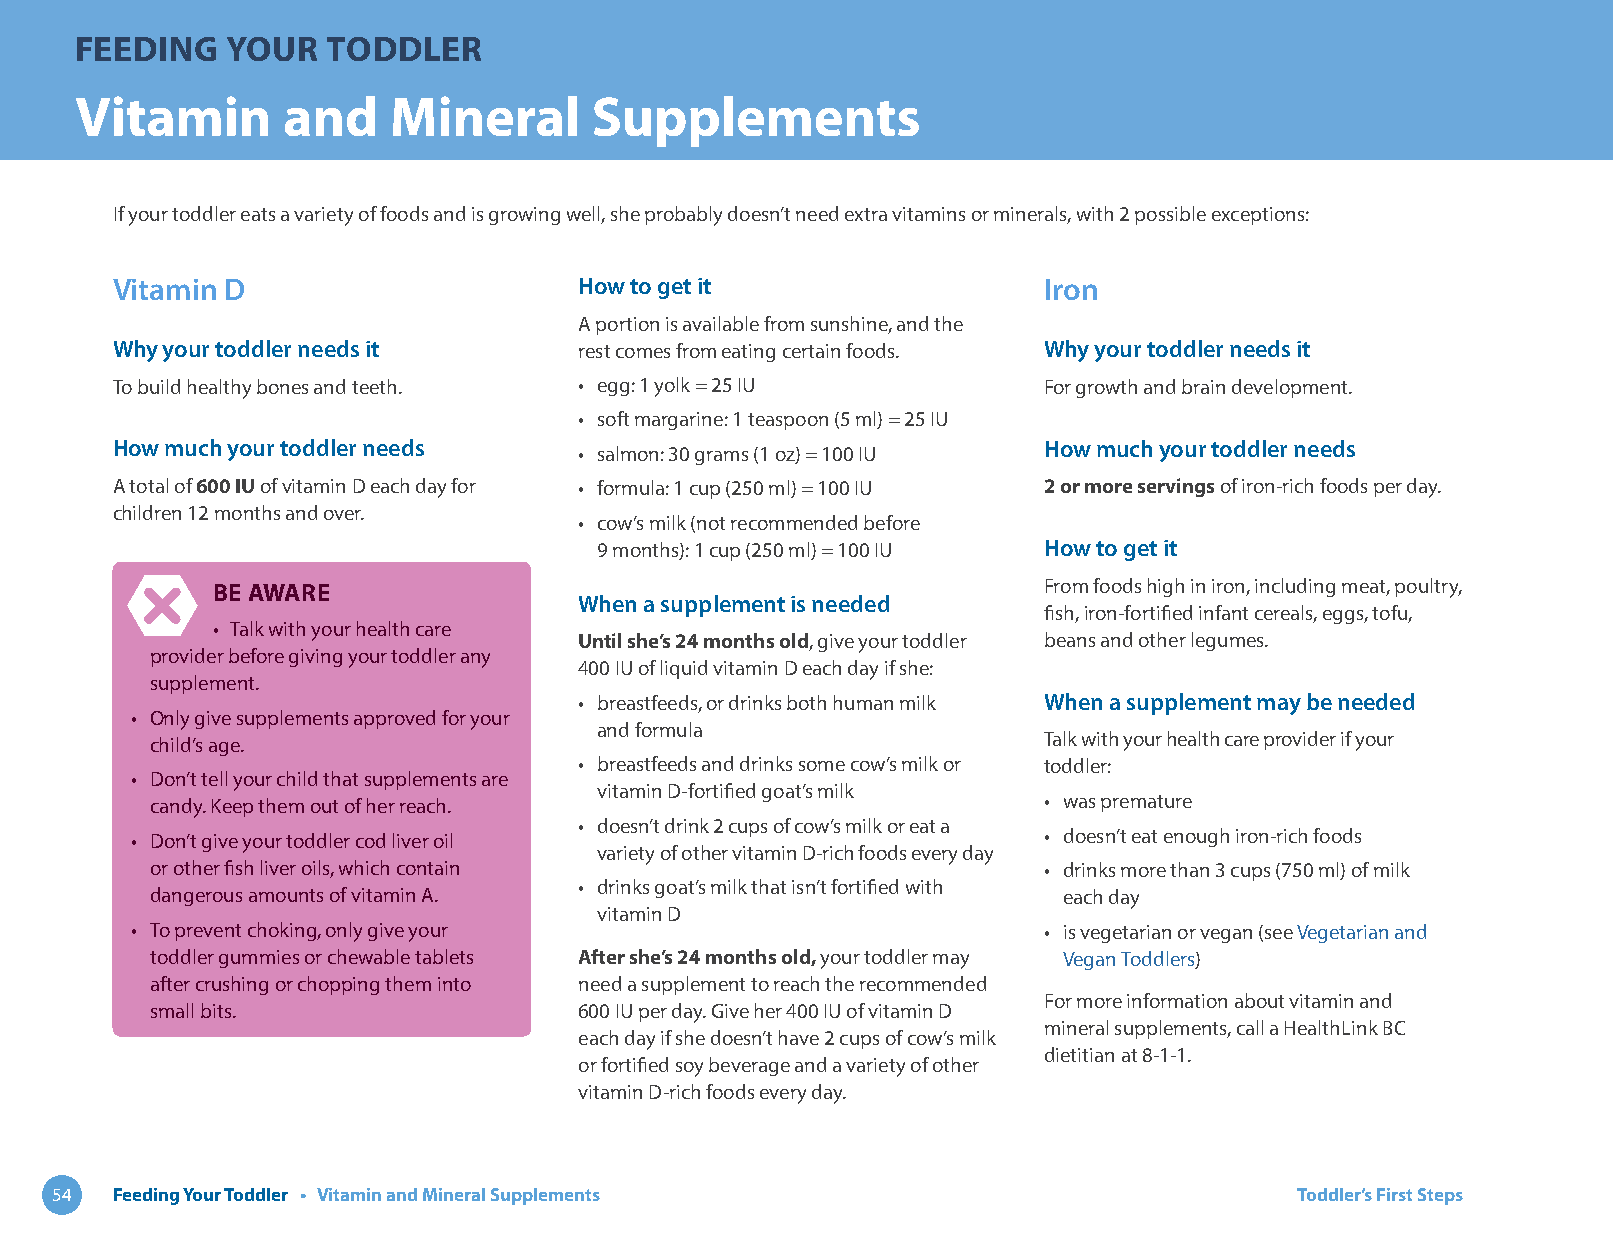
FEEDING   YOUR   TODDLER
 Vitamin       and    Mineral      Supplements
 If your toddler eats a variety of foods and is growing well, she probably doesn’t need extra vitamins or minerals, with 2 possible exceptions:
 Vitamin D                      How to get it                  Iron
 A portion is available from sunshine, and the
 Why your toddler needs it      rest comes from eating certain foods. Why your toddler needs it
 To build healthy bones and teeth. • egg: 1 yolk = 25 IU       For growth and brain development.
 • soft margarine: 1 teaspoon (5 ml) = 25 IU
 How much your toddler needs                                   How much your toddler needs
 • salmon: 30 grams (1 oz) = 100 IU
 A total of 600 IU of vitamin D each day for • formula: 1 cup (250 ml) = 100 IU 2 or more servings of iron-rich foods per day.
 children 12 months and over.
 • cow’s milk (not recommended before
 9 months): 1 cup (250 ml) = 100 IU How to get it
 BE AWARE                                               From foods high in iron, including meat, poultry,
 When a supplement is needed
 fish, iron-fortified infant cereals, eggs, tofu,
 • Talk with your health care
 Until she’s 24 months old, give your toddler beans and other legumes.
 provider before giving your toddler any
 400 IU of liquid vitamin D each day if she:
 supplement.
 • breastfeeds, or drinks both human milk When a supplement may be needed
 • Only give supplements approved for your
 and formula
 child’s age.                                               Talk with your health care provider if your
 • breastfeeds and drinks some cow’s milk or toddler:
 • Don’t tell your child that supplements are
 vitamin D-fortified goat’s milk
 candy. Keep them out of her reach.                         • was premature
 • doesn’t drink 2 cups of cow’s milk or eat a
 • Don’t give your toddler cod liver oil                     • doesn’t eat enough iron-rich foods
 variety of other vitamin D-rich foods every day
 or other fish liver oils, which contain                    • drinks more than 3 cups (750 ml) of milk
 • drinks goat’s milk that isn’t fortified with
 dangerous amounts of vitamin A.                             each day
 vitamin D
 • To prevent choking, only give your                        • is vegetarian or vegan (see Vegetarian and
 toddler gummies or chewable tablets After she’s 24 months old, your toddler may Vegan Toddlers)
 after crushing or chopping them into need a supplement to reach the recommended
 For more information about vitamin and
 small bits.                 600 IU per day. Give her 400 IU of vitamin D
 mineral supplements, call a HealthLink BC
 each day if she doesn’t have 2 cups of cow’s milk
 dietitian at 8-1-1.
 or fortified soy beverage and a variety of other
 vitamin D-rich foods every day.
 54  Feeding Your Toddler • Vitamin and Mineral Supplements                         Toddler’s First Steps